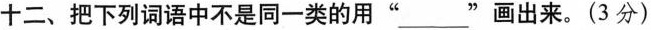
十二、把下列词语中不是同一类的用" \underline"画出来。(3分)